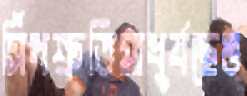
সিঁধশ্রুতিমাধুর্যছেঙ